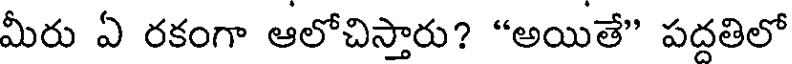
మీరు ఏ రకంగా ఆలోచిస్తారు? "అయితే" పద్దతిలో